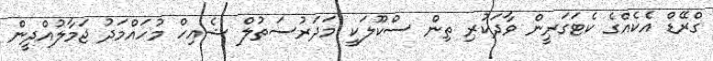
ގްރޭޑް އެކެއްގެ ކެޓަގަރީން ވާދަކުރި ތިން ސްކޫލަކީ މަދަރުސަތުލް ޝެއިހް މުހައްމަދު ޖަމާލުއްދީން